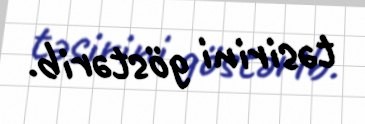
təsirini göstərib.